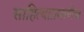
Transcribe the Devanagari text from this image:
साहित्याप्रमाणेच